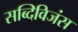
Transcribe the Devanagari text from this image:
सब्दिविजंस